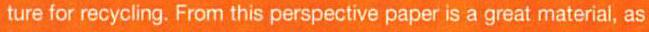
ture for recycling. From this perspective paper is a great material, as